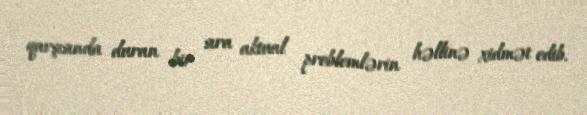
qarşısında duran bir sıra aktual problemlərin həllinə xidmət edib.